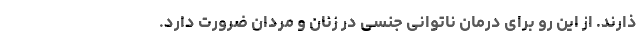
ذارند. از این رو برای درمان ناتوانی جنسی در زنان و مردان ضرورت دارد.